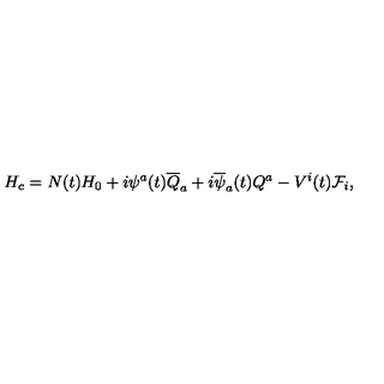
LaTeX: H _ { c } = N ( t ) H _ { 0 } + i \psi ^ { a } ( t ) \overline { { Q } } _ { a } + i \overline { { \psi } } _ { a } ( t ) Q ^ { a } - V ^ { i } ( t ) { \cal F } _ { i } ,